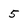
Character: 5